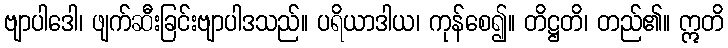
ဗျာပါဒေါ၊ ဖျက်ဆီးခြင်းဗျာပါဒသည်။ ပရိယာဒါယ၊ ကုန်စေ၍။ တိဋ္ဌတိ၊ တည်၏။ ဣတိ